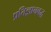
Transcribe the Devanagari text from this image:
प्रतिज्ञानबद्ध